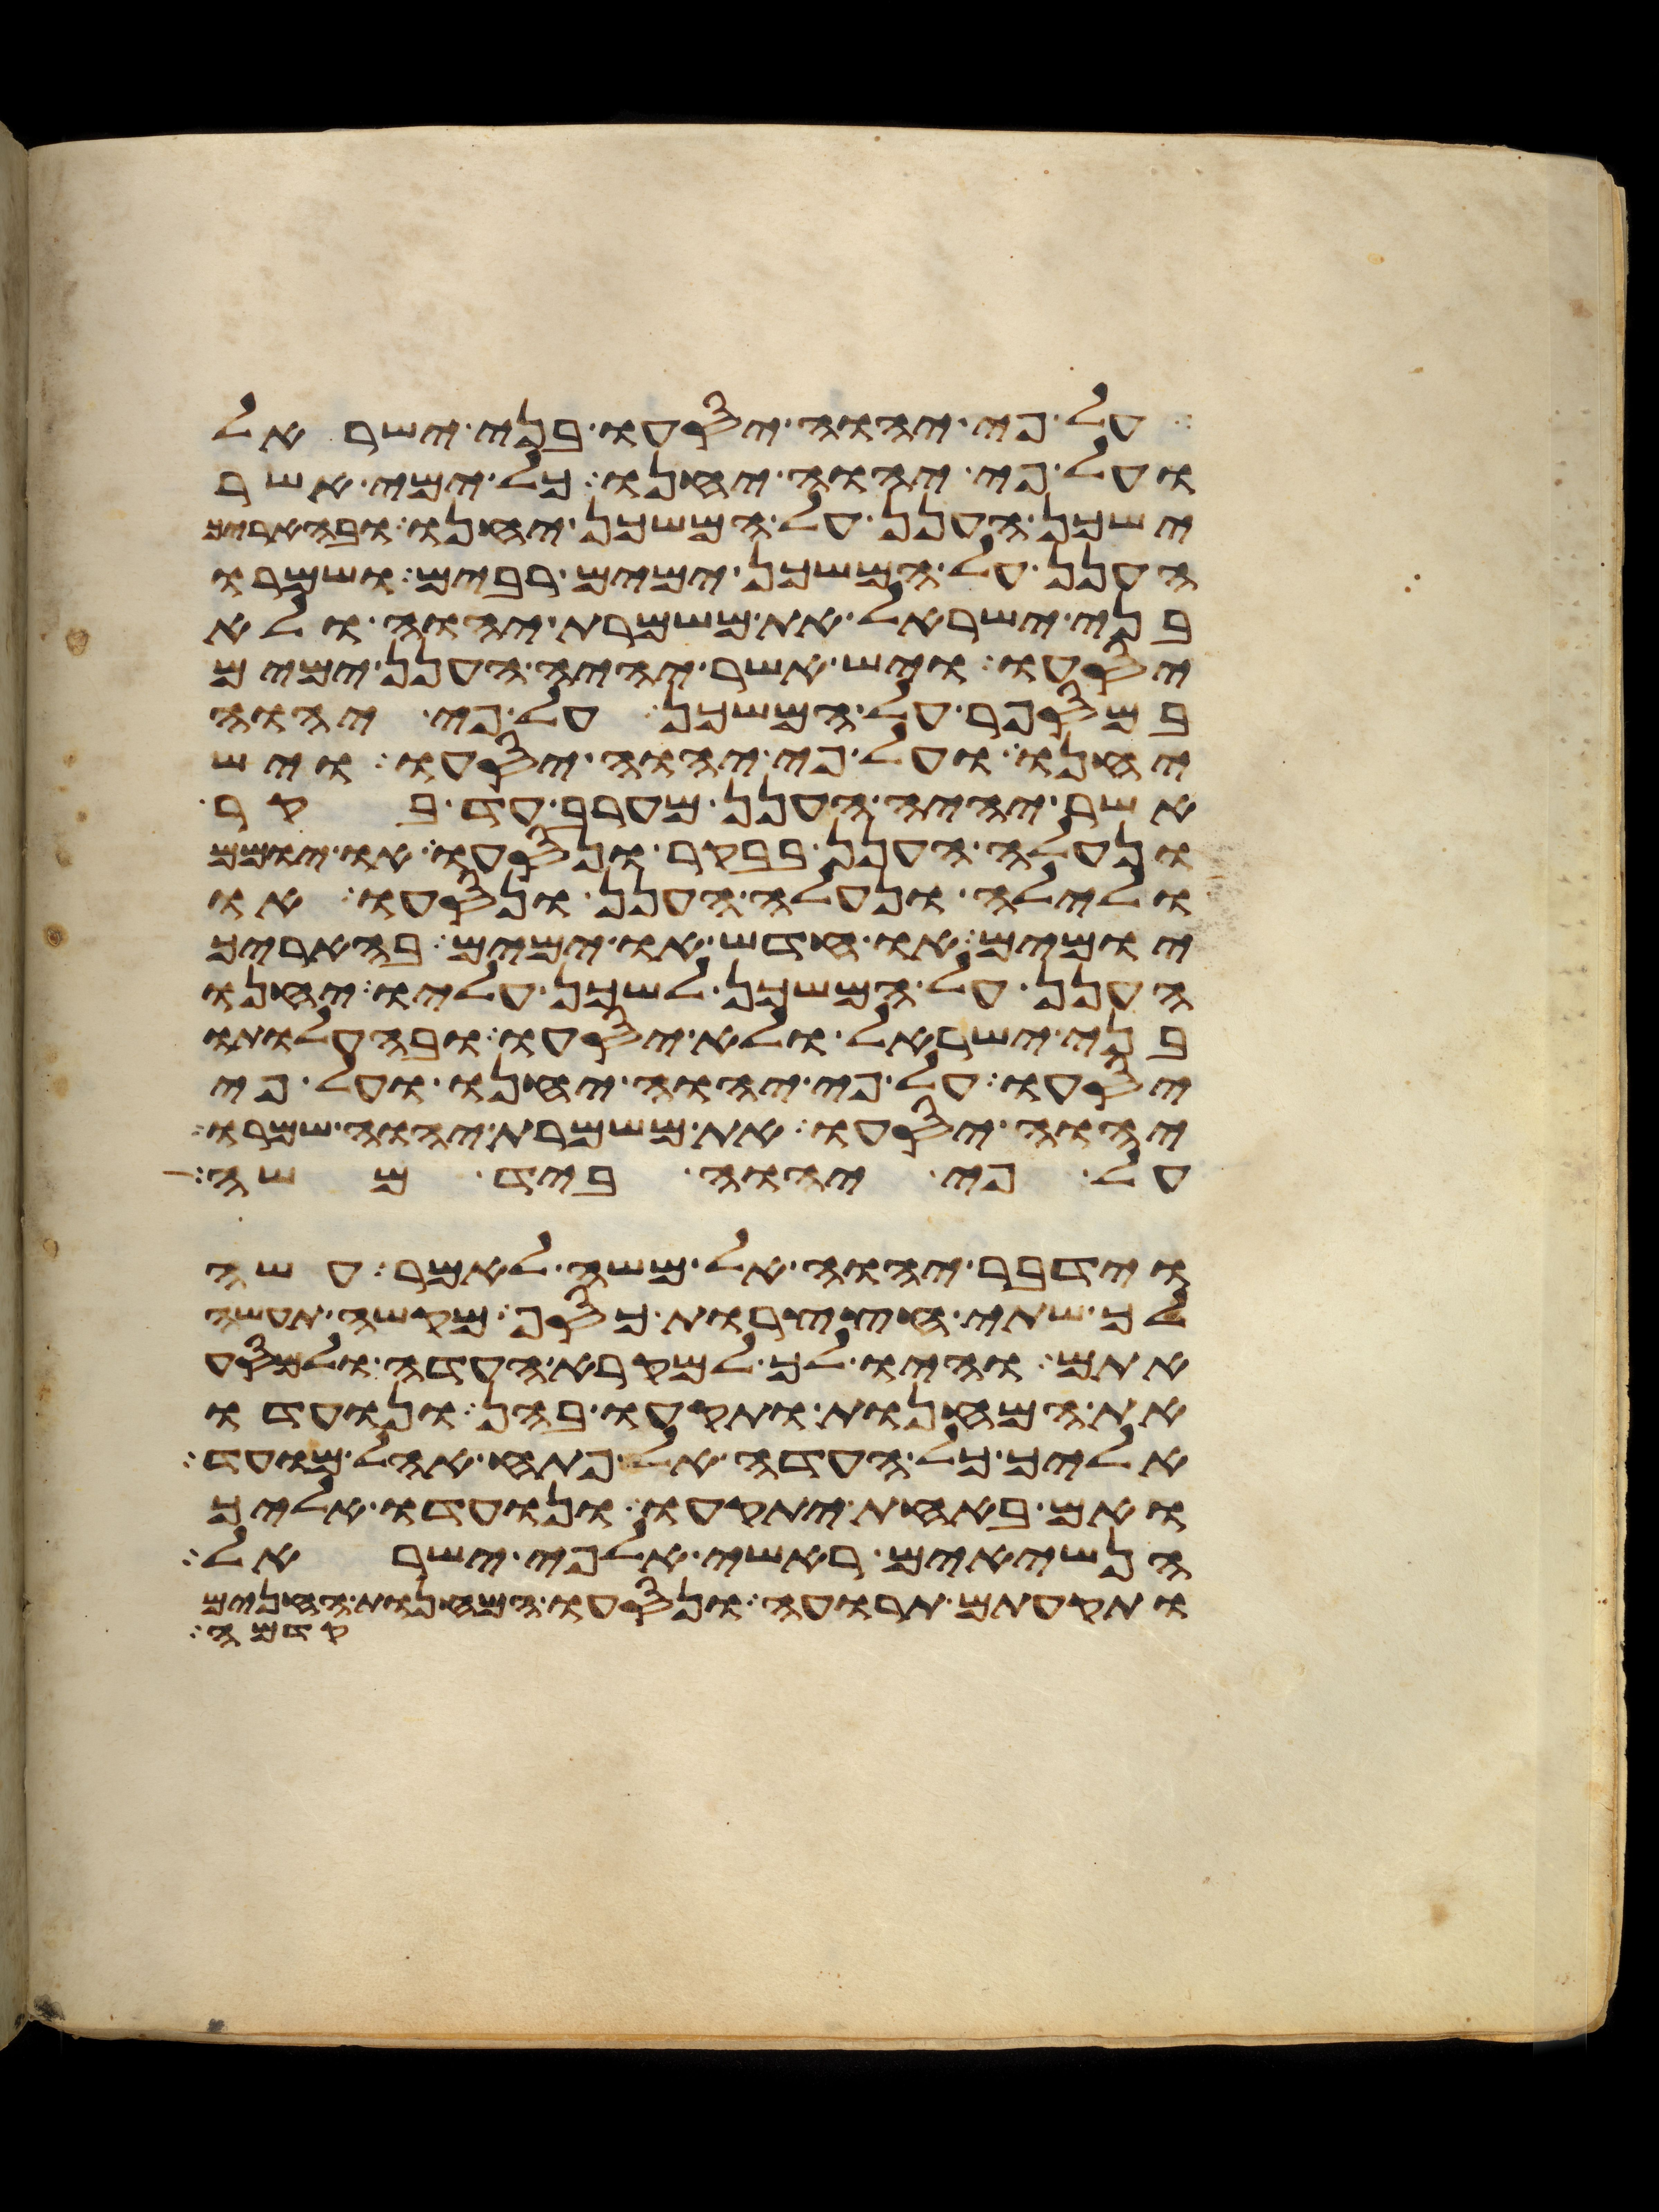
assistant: על פי יהוה יסעו בני ישראל
ועל פי יהוה יחנו כל ימי אשר
ישכן הענן על המשכן יחנו ובהאריך
הענן על המשכן ימים רבים ושמרו
בני ישראל את משמרת יהוה ולא
יסעו ויש אשר יהיה הענן ימים
במספר על המשכן על פי יהוה
יחנו ועל פי יהוה יסעו ויש
אשר יהיה הענן מערב עד בקר
ונעלה הענן בבקר ונסעו או יומם
ולילה ונעלה הענן ונסעו או
יומים או חדש או ימים בהאריך
הענן על המשכן לשכן עליו יחנו
בני ישראל ולא יסעו ובהעלותו
יסעו על פי יהוה יחנו ועל פי
יהוה יסעו את משמרת יהוה שמרו
על פי יהוה ביד משה
וידבר יהוה אל משה לאמר עשה
לך שתי חצצרות כסף מקשה תעשה
אתם והיו לך למקרא העדה ולמסע
את המחנות ותקעו בהן ונועדו
אליך כל העדה אל פתח אהל מועד
ואם באחת יתקעו ונועדו אליך
הנשיאים ראשי אלפי ישראל
ותקעתם תרועה ונסעו המחנות החנים
קדמה